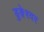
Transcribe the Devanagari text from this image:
डुङ्गेश्वर